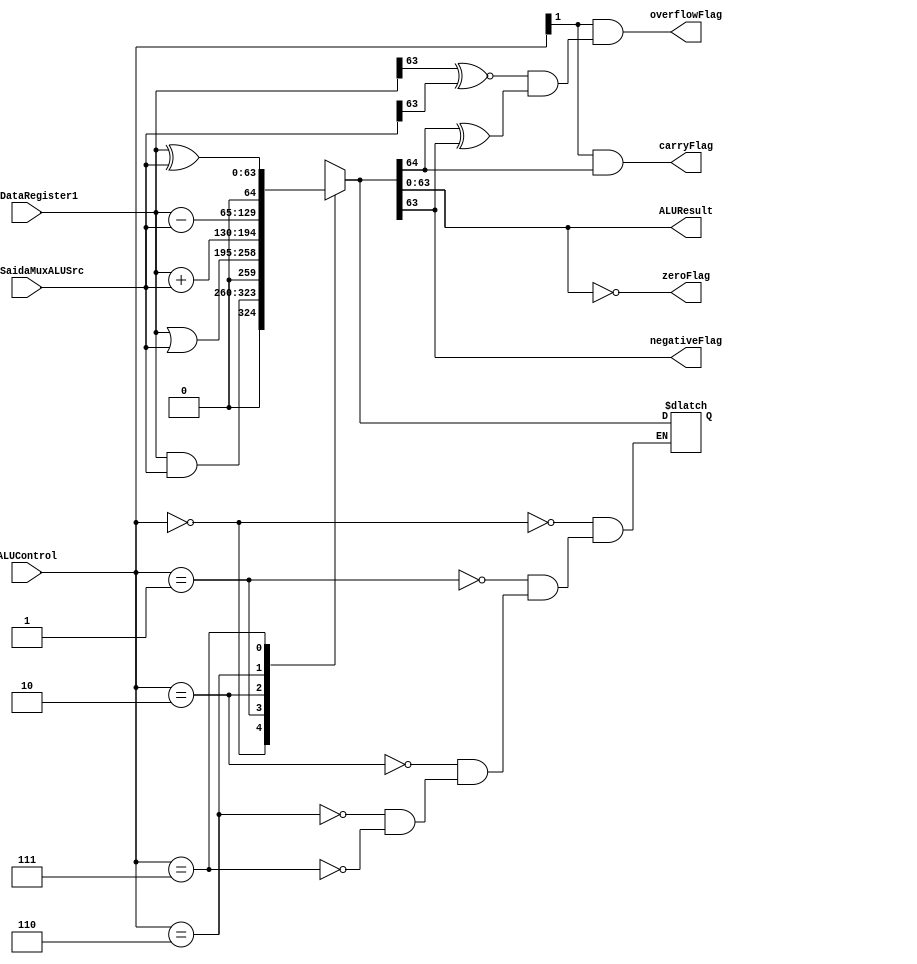
module ALU (ALUControl, readDataRegister1, inputSaidaMuxALUSrc, zeroFlag, ALUResult, carryFlag, negativeFlag,overflowFlag); 
input [3:0] ALUControl;
input [63:0] readDataRegister1; 
input [63:0] inputSaidaMuxALUSrc;
output reg [63:0] ALUResult;
output  reg zeroFlag;
output  reg carryFlag;
output  reg negativeFlag;
output  reg overflowFlag;
reg [64:0] temp;

  always@(readDataRegister1 or inputSaidaMuxALUSrc or ALUControl) begin

    case (ALUControl)
      4'b0000: //AND
        temp = readDataRegister1 & inputSaidaMuxALUSrc;
      4'b0001: //OR
        temp = readDataRegister1 | inputSaidaMuxALUSrc;
      4'b0010: //ADD
        temp = readDataRegister1 + inputSaidaMuxALUSrc;
      4'b0110: //SUB
        temp = readDataRegister1 - inputSaidaMuxALUSrc;
      4'b0111: // EOR
        temp = readDataRegister1 ^  inputSaidaMuxALUSrc; 	
    endcase
    ALUResult = temp[63:0];
    negativeFlag = ALUResult[63];    
    carryFlag    =  (ALUControl[1] & temp[64]);
    overflowFlag =  (ALUControl[1] & ((readDataRegister1[63] ~^ inputSaidaMuxALUSrc[63]) & (temp[64]^temp[63]))); 
    zeroFlag = (ALUResult == 0);

    
  
  end 
    

endmodule